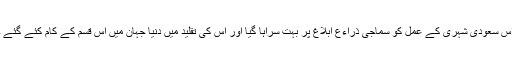
اس سعودی شہری کے عمل کو سماجی ذراءع ابلاغ پر بہت سراہا گیا اور اس کی تقلید میں دنیا جہان میں اس قسم کے کام کئے گئے ۔